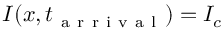
I ( x , t _ { \mathrm { ~ a ~ r ~ r ~ i ~ v ~ a ~ l ~ } } ) = I _ { c }